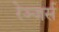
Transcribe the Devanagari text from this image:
रेञ्जर्स